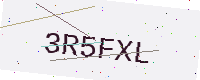
Text: 3R5FXL